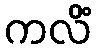
ကလိံ